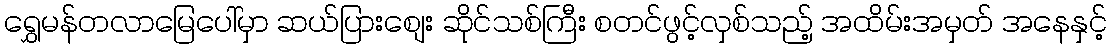
ရွှေမန်တလာမြေပေါ်မှာ ဆယ်ပြားစျေး ဆိုင်သစ်ကြီး စတင်ဖွင့်လှစ်သည့် အထိမ်းအမှတ် အနေနှင့်